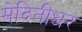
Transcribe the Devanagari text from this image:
मेदिनीधर